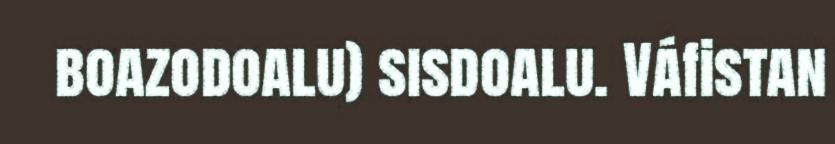
boazodoalu) sisdoalu. Váfistan